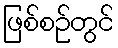
ဖြစ်စဉ်တွင်